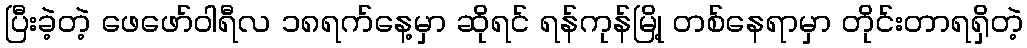
ပြီးခဲ့တဲ့ ဖေဖော်ဝါရီလ ၁၈ရက်နေ့မှာ ဆိုရင် ရန်ကုန်မြို့ တစ်နေရာမှာ တိုင်းတာရရှိတဲ့